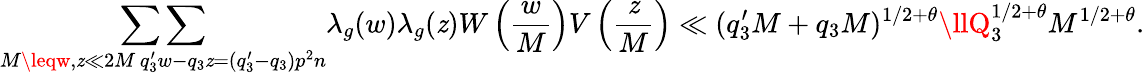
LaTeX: \mathop{\sum\sum}_{\substack{M\leqw,\mathit{z}\ll2M\, q_{3}^{\prime}w-q_{3}\mathit{z}=(q_{3}^{\prime}-q_{3})p^{2}n}}\lambda_{g}(w)\lambda_{g}(\mathit{z})W\left(\frac{{w}}{{M}}\right)V\left(\frac{{\mathit{z}}}{{M}}\right)\ll(q_{3}^{\prime}M+q_{3}M)^{1/2+\theta}\llQ_{3}^{1/2+\theta}M^{1/2+\theta}.